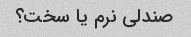
صندلی نرم یا سخت؟